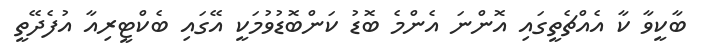
ބާކީވާ ކާ އެއްޗެތީގައި އޮންނަ އެންމެ ބޮޑު ކަންބޮޑުވުމަކީ އޭގައި ބެކްޓީރިއާ އުފެދޭތީ